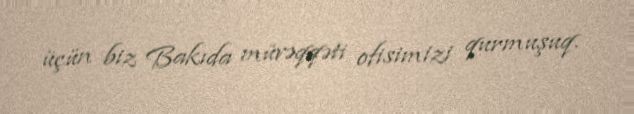
üçün biz Bakıda müvəqqəti ofisimizi qurmuşuq.